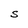
Character: S